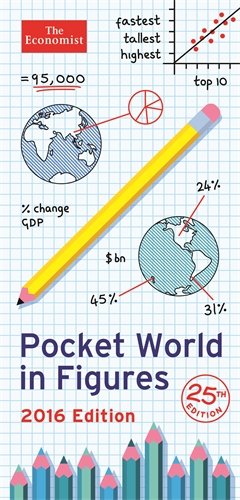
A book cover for The Economist Pocket World in Figures 2016; The Economist; Business & Money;